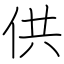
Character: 供